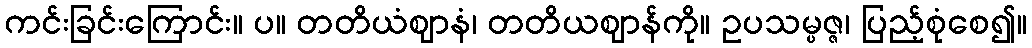
ကင်းခြင်းကြောင်း။ ပ။ တတိယံဈာနံ၊ တတိယဈာန်ကို။ ဥပသမ္ပဇ္ဇ၊ ပြည့်စုံစေ၍။